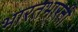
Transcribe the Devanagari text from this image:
भारतभारती